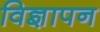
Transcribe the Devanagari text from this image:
विज्ञापन